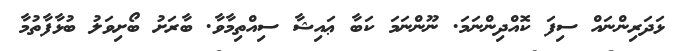
ޅަދަރިންނައް ސިފަ ކޮއްދިންނަމަ. ނޫންނަމަ ކަބާ ޢައިޝާ ސިއްތިމާވާ. ބާރަށު ބޯށިވަލު ބުޅާފާތުމާ